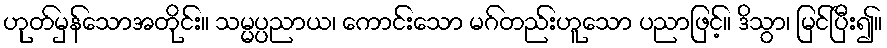
ဟုတ်မှန်သောအတိုင်း။ သမ္မပ္ပညာယ၊ ကောင်းသော မဂ်တည်းဟူသော ပညာဖြင့်။ ဒိသွာ၊ မြင်ပြီး၍။